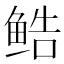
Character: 𬶔